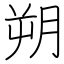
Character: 朔